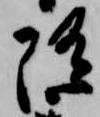
随